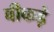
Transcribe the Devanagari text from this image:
वीकड़े